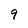
Character: 9